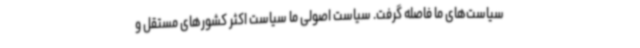
سیاست‌های ما فاصله گرفت. سیاست اصولی ما سیاست اکثر کشورهای مستقل و